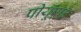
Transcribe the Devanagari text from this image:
पीयूएफ